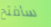
سأفتح